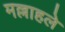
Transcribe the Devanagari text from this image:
मल्लाहले